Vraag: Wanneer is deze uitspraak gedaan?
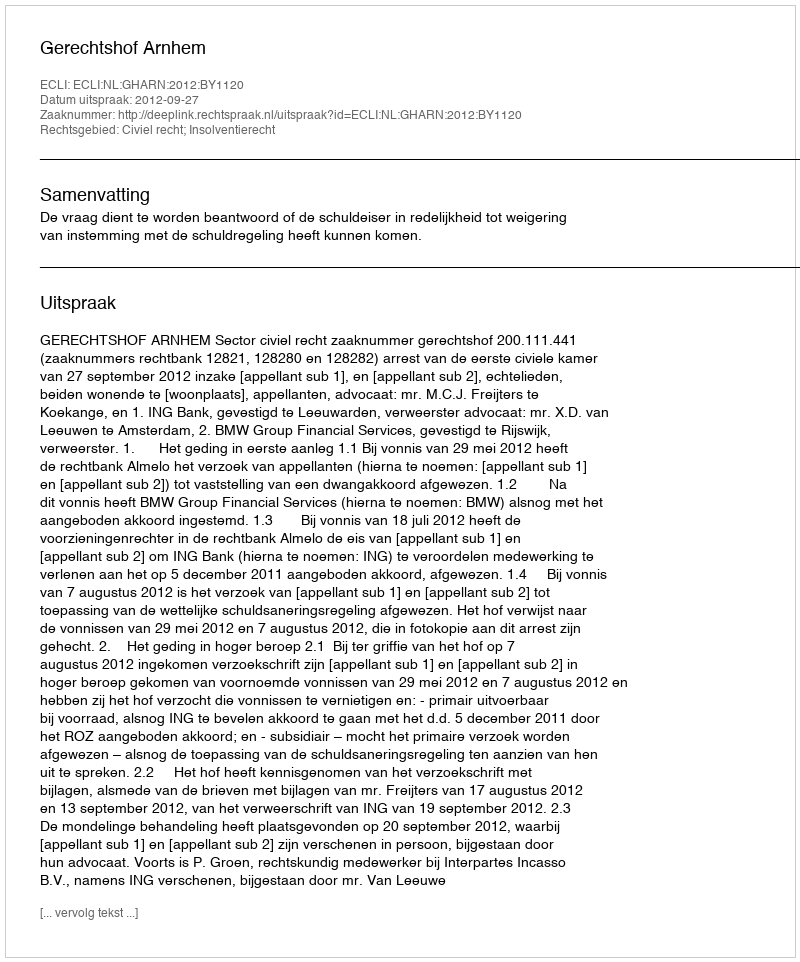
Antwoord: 2012-09-27